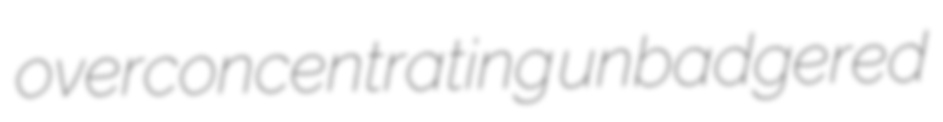
overconcentrating unbadgered